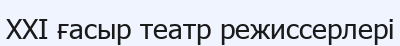
XXI ғасыр театр режиссерлері